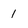
Character: 1